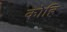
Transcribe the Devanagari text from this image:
कोहि